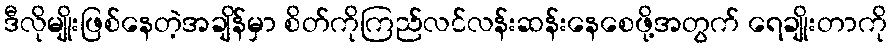
ဒီလိုမျိုးဖြစ်နေတဲ့အချိန်မှာ စိတ်ကိုကြည်လင်လန်းဆန်းနေစေဖို့အတွက် ရေချိုးတာကို